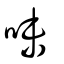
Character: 味